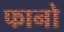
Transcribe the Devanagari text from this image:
फानो